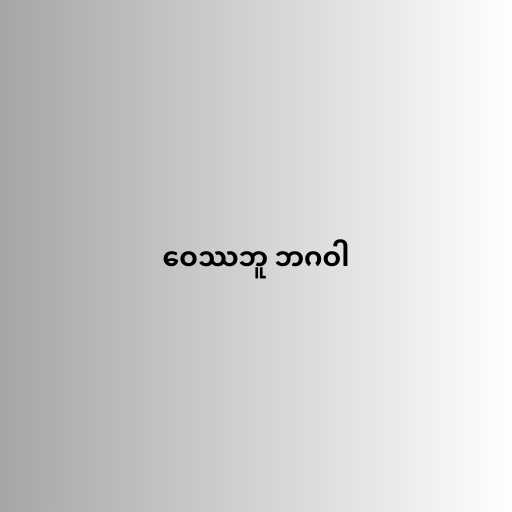
ဝေဿဘူ ဘဂဝါ